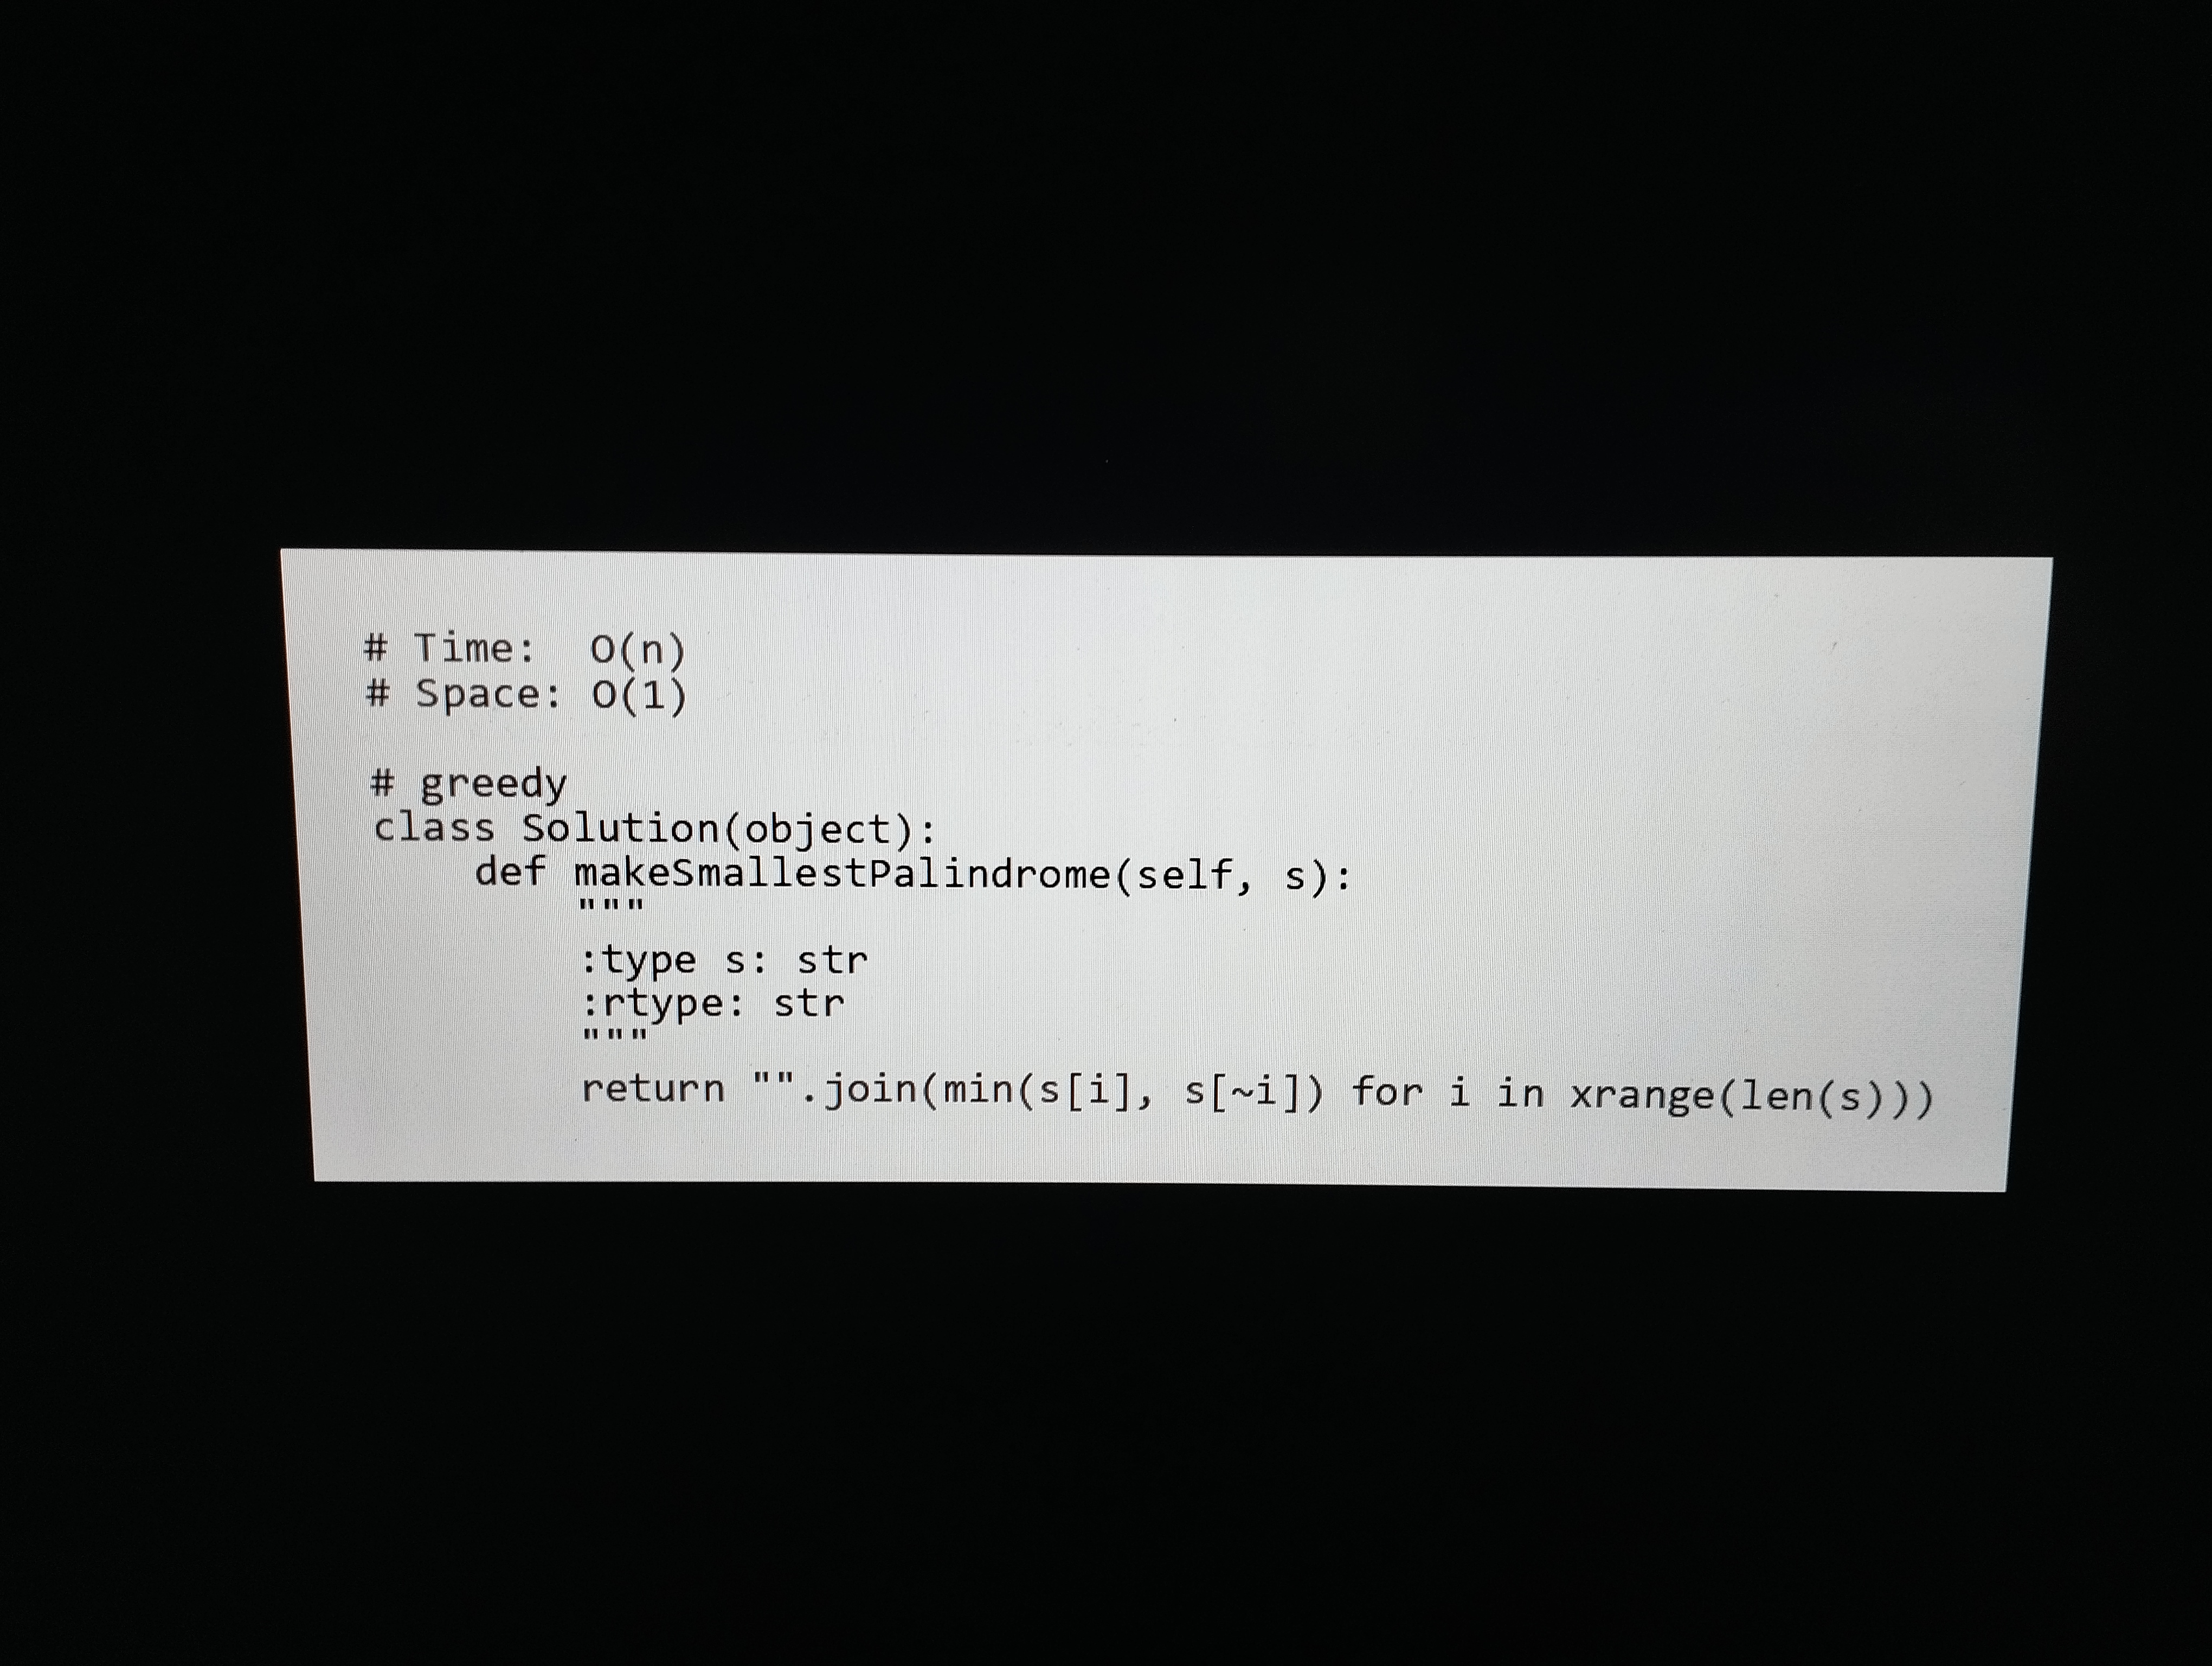
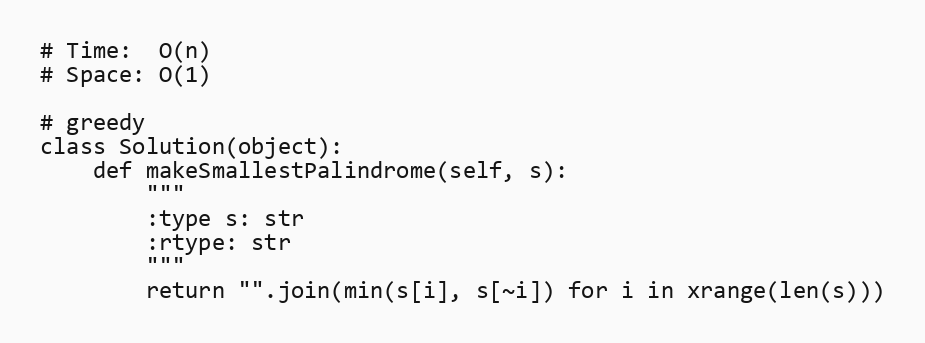
# Time:  O(n)
# Space: O(1)

# greedy
class Solution(object):
    def makeSmallestPalindrome(self, s):
        """
        :type s: str
        :rtype: str
        """
        return "".join(min(s[i], s[~i]) for i in xrange(len(s)))